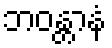
ဘဝန္တာနံ